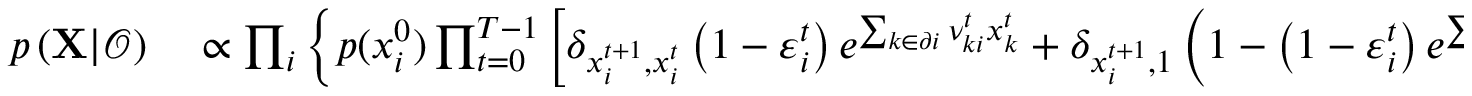
\begin{array} { r l } { p \left( { \bf X } | \boldsymbol { \mathcal { O } } \right) } & { { } \propto \prod _ { i } \left\{ p ( x _ { i } ^ { 0 } ) \prod _ { t = 0 } ^ { T - 1 } \left[ \delta _ { x _ { i } ^ { t + 1 } , x _ { i } ^ { t } } \left( 1 - \varepsilon _ { i } ^ { t } \right) e ^ { \sum _ { k \in \partial i } \nu _ { k i } ^ { t } x _ { k } ^ { t } } + \delta _ { x _ { i } ^ { t + 1 } , 1 } \left( 1 - \left( 1 - \varepsilon _ { i } ^ { t } \right) e ^ { \sum _ { k \in \partial i } \nu _ { k i } ^ { t } x _ { k } ^ { t } } \right) \right] p \left( { O } _ { i } ^ { t } \mid x _ { i } ^ { t } \right) \right\} p \left( { O } _ { i } ^ { T } \mid x _ { i } ^ { T } \right) , } \end{array}